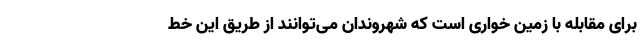
برای مقابله با زمین خواری است که شهروندان می‌توانند از طریق این خط